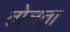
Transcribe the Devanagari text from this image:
तोलता